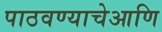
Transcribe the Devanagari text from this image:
पाठवण्याचेआणि